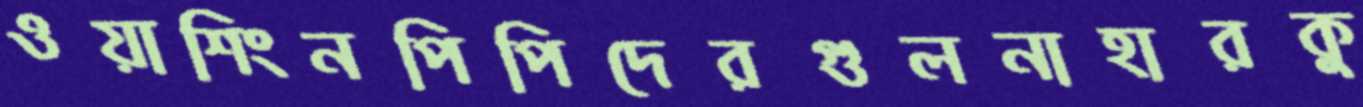
ওয়াশিংনপিপিদেরগুলনাহারকু